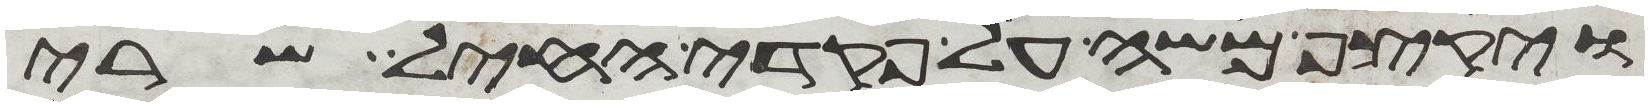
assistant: ויקצף משה על פקדי החיל שרי